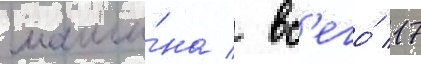
маши́на / вс'его́ 17